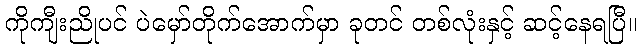
ကိုကျီးညိုပင် ပဲမှော်တိုက်အောက်မှာ ခုတင် တစ်လုံးနှင့် ဆင့်နေရပြီ။